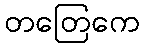
တတြေကေ